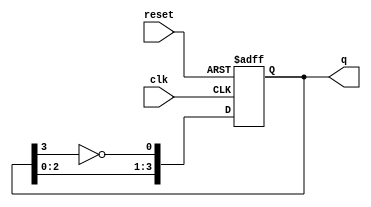
module johnson_counter (
    input wire clk,        // Clock input
    input wire reset,      // Asynchronous reset
    output reg [3:0] q     // 4-bit output
);

    // Always block triggered on the rising edge of the clock or the reset signal
    always @(posedge clk or posedge reset) begin
        if (reset) begin
            q <= 4'b0000; // Reset the counter to 0000
        end else begin
            // Johnson counter logic
            q[0] <= ~q[3]; // D[0] takes the inverted value of Q[3]
            q[1] <= q[0];  // D[1] takes the value of Q[0]
            q[2] <= q[1];  // D[2] takes the value of Q[1]
            q[3] <= q[2];  // D[3] takes the value of Q[2]
        end
    end

endmodule